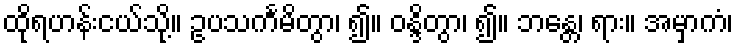
ထိုရဟန်းငယ်သို့။ ဥပသင်္ကမိတွာ၊ ၍။ ဝန္ဒိတွာ၊ ၍။ ဘန္တေ၊ ရား။ အမှာကံ၊